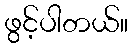
ဖွင့်ပါတယ်။